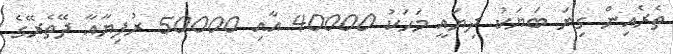
ތެރެއިން ގިނަ ބަޔަކު ދިޔައީ މަހަކު 40000 އާއި 50000 ރުފިޔާއާ ދޭތެރޭގެ